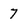
Character: 7